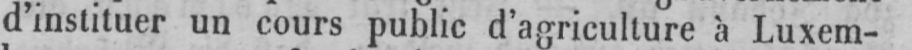
d’instituer un cours public d’agriculture à Luxem-